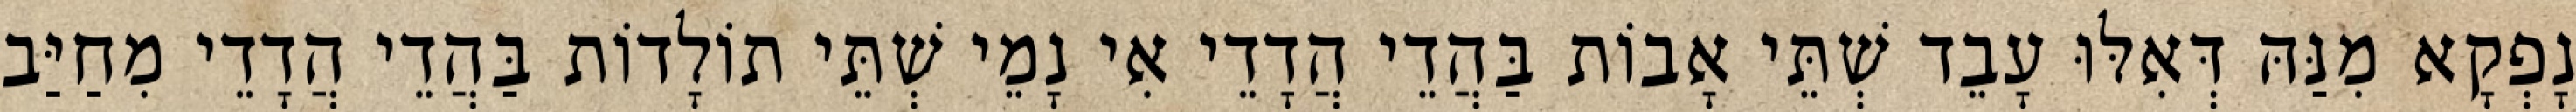
נָפְקָא מִנַּהּ דְּאִלּוּ עָבֵד שְׁתֵּי אָבוֹת בַּהֲדֵי הֲדָדֵי אִי נָמֵי שְׁתֵּי תוֹלָדוֹת בַּהֲדֵי הֲדָדֵי מִחַיַּב